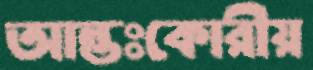
আন্তঃকোরীয়